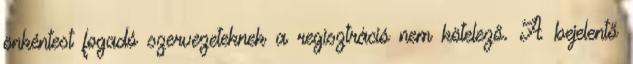
önkéntest fogadó szervezeteknek a regisztráció nem kötelező. A bejelentő